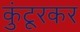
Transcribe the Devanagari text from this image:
कुंटूरकर